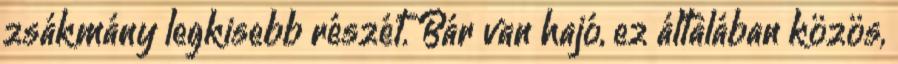
zsákmány legkisebb részét. Bár van hajó, ez általában közös,